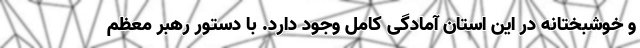
و خوشبختانه در این استان آمادگی کامل وجود دارد. با دستور رهبر معظم